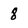
Character: 8